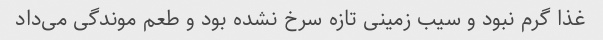
غذا گرم نبود و سیب زمینی تازه سرخ نشده بود و طعم موندگی می‌داد